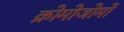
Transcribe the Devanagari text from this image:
क्रोमोजोमों